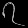
Digit: ၇